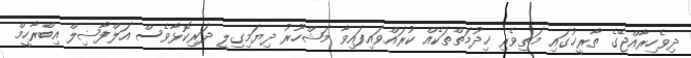
ދިވެހިރާއްޖޭގެ ތާރީޚުގައި މަތިވެރި ޚިދުމަތްތަކެއް ކުރައްވައިފައިވާ މަޝްހޫރު ދިޔަމިގިލީ ދަރިކޮޅާވެސް އަލްފާޟިލް އިބްރާހީމް